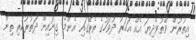
އިތުރުން ވޭތުވެދިޔަ އެއް އަހަރު ދުވަހުގެ ތެރޭގައި އެންމެ ގިނައިން ދަތުރުކުރި ތިން